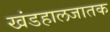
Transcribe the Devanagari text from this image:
खंडहालजातक